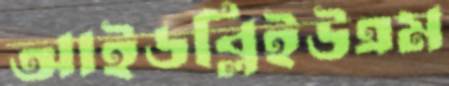
আইডব্লিইউএম